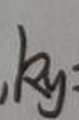
$,kg:$